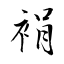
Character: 裐